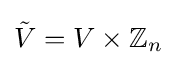
{\tilde {V}}=V\times \mathbb {Z} _{n}